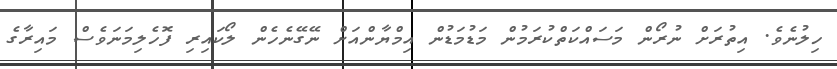
ހިލުނެވެ. އިތުރަށް ނުރޯން މަސައްކަތްކުރަމުން މަޑުމަޑުން އިމްޔާންއަށް ނޭގޭނެހެން ލޯކައިރި ފޮހެލިމަނަވެސް މައިރާގެ